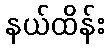
နယ်ထိန်း